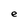
Character: e